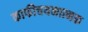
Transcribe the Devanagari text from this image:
काफीचयनात्मक